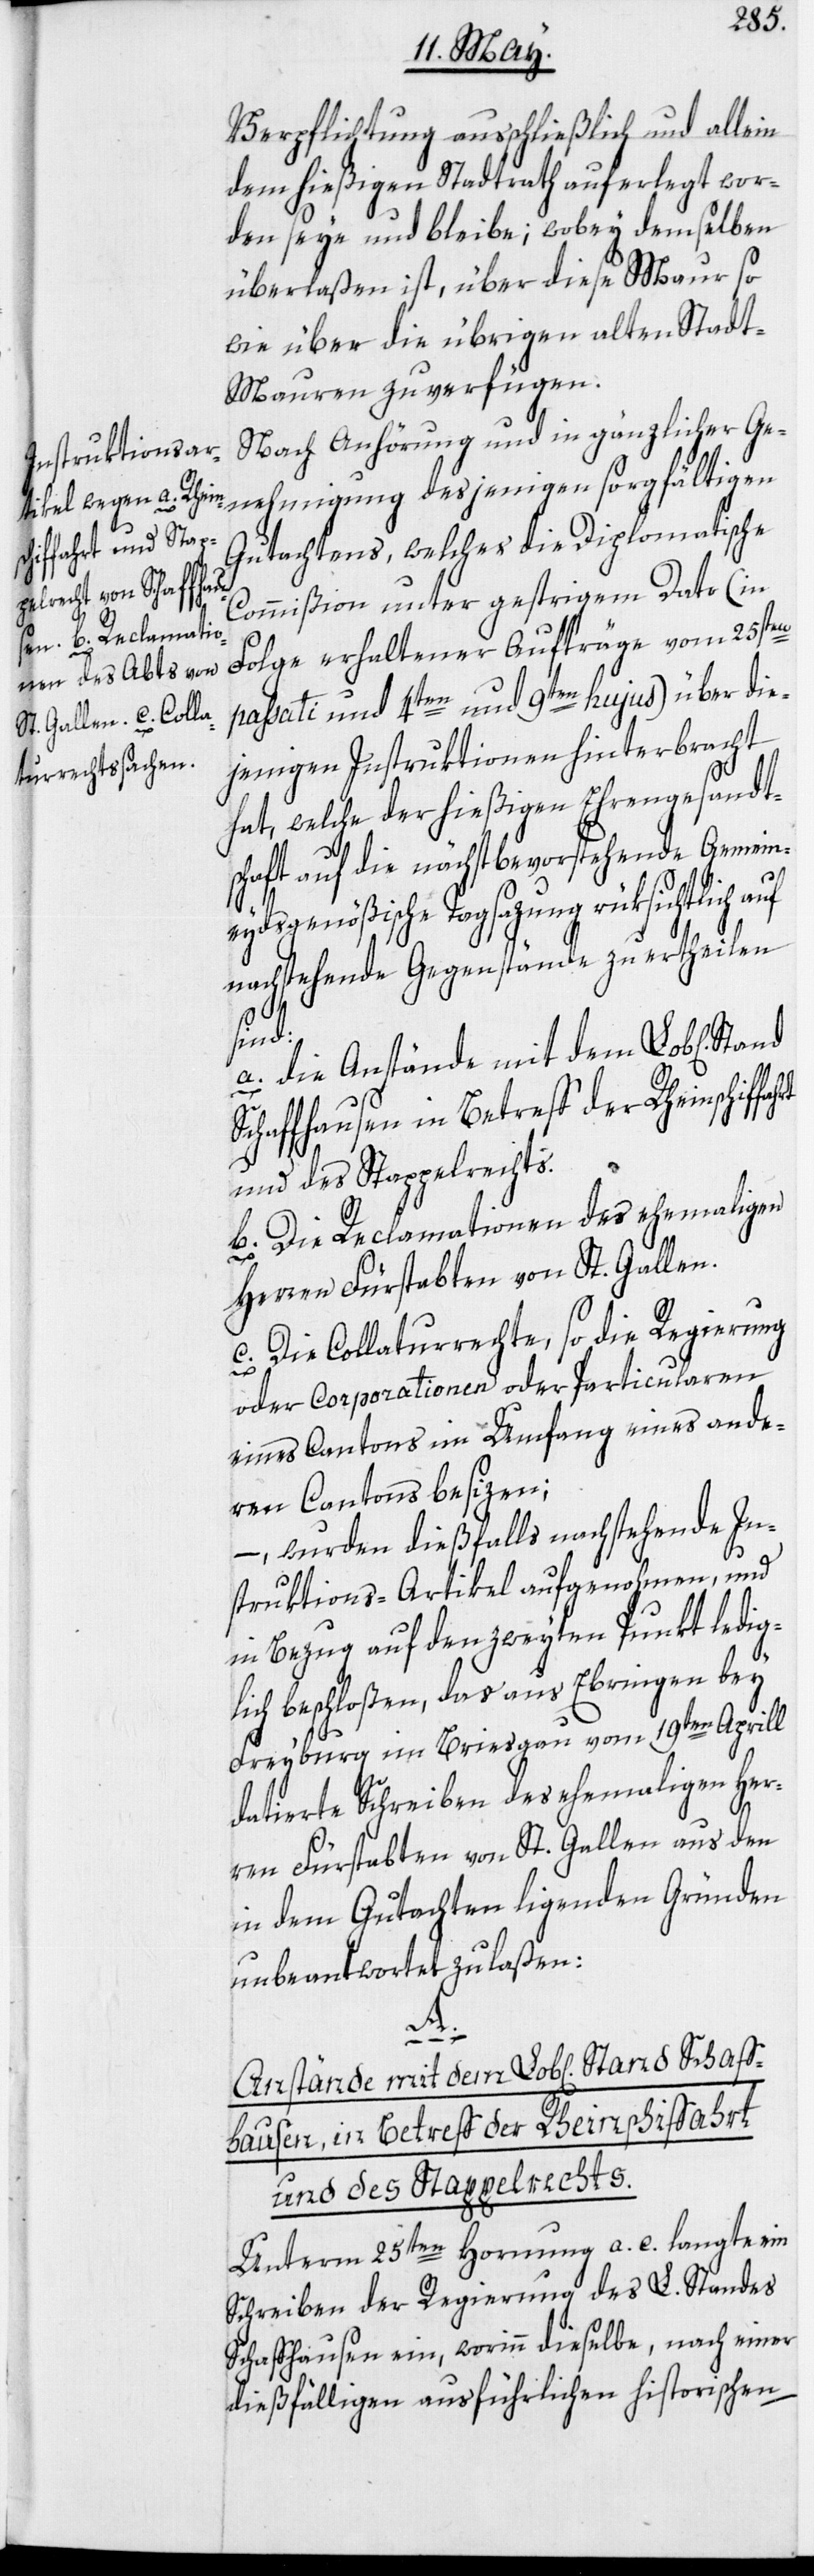
Verpflichtung ausschließlich und allein
dem hießigen Stadtrath auferlegt wor¬
den seye und bleibe; wobey demselben
überlaßen ist, über diese Maur so
wie über die übrigen alten Stadt-M¬
auren zu verfügen.
Nach Anhörung und in gänzlicher Ge¬
nehmigung desjenigen sorgfältigen
Gutachtens, welches die Diplomatische
Commißion unter gestrigem Dato (in
Folge erhaltener Aufträge vom 25sten
passati und 4ten und 9ten hujus) über die¬
jenigen Instruktionen hinterbracht
hat, welche der hießigen Ehrengesandt¬
schaft auf die nächstbevorstehende Gemein¬
eydsgenößische Tagsazung rüksichtlich auf
nachstehende Gegenstände zu ertheilen
sind:
a. Die Anstände mit dem Lob[lichen]
Schaffhausen, in Betreff der Rheinschiffa¬
und des Stappelrechts.
b. Die Reclamationen des ehemaligen
hrt
Herren Fürstabten von St. Gallen.
c. Die Collaturrechte, so die Regierung
oder Corporationen oder Particularen
eines Cantons im Umfang eines ande¬
ren Cantons besizen;
–, wurden dießfalls nachstehende In¬
struktions-Artikel aufgenohmen, und
in Bezug auf den zweyten Punkt ledig¬
lich beschloßen, das aus Ebringen bey
Freyburg im Briesgau vom 19ten Aprill
datierte Schreiben des ehemaligen Her¬
ren Fürstabten von St. Gallen aus den
in dem Gutachten ligenden Gründen
unbeantwortet zu laßen:
A.
Anstände mit dem Lob[lichen] Stand
Unterm 25ten Hornung a. c. langte ein
Schreiben der Regierung des L. Standes
Schaffhausen ein, worinn dieselbe, nach einer
dießfälligen ausführlichen historischen